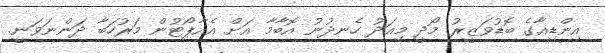
އިންޑިއާގެ ބޮޑުވަޒީރު މޯދީ މިއަދު ހެނދުނު އޮބާމާ އަށް އެއާޕޯޓުން މަރުހަބާ ދަންނަވަނީ.